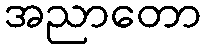
အညာတော